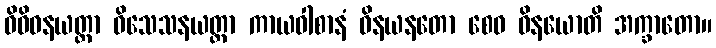
ဝိဝိဓနယတ္တာ ဝိသေသနယတ္တာ ကာယဝါစာနံ ဝိနယနတော စေဝ ဝိနယောတိ အက္ခာတော။